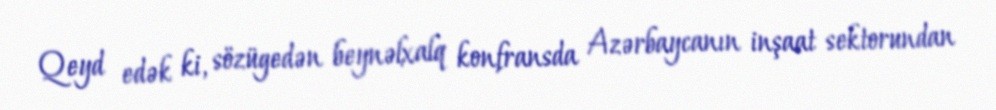
Qeyd edək ki, sözügedən beynəlxalq konfransda Azərbaycanın inşaat sektorundan